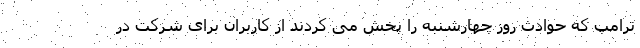
ترامپ که حوادث روز چهارشنبه را پخش می کردند از کاربران برای شرکت در